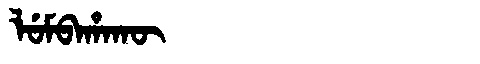
Manchu: ᠯᡠᠮᠪᠠᡥᠠᡴᡡ
Romanization: LUMBAHAKŪ